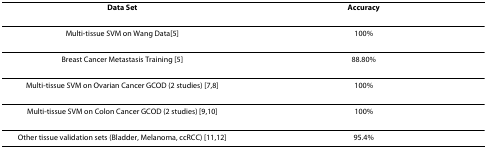
<table><thead><tr><td><b>Data Set</b></td><td><b>Accuracy</b></td></tr></thead><tbody><tr><td>Multi-tissue SVM on Wang Data[5]</td><td>100%</td></tr><tr><td>Breast Cancer Metastasis Training [5]</td><td>88.80%</td></tr><tr><td>Multi-tissue SVM on Ovarian Cancer GCOD (2 studies) [7,8]</td><td>100%</td></tr><tr><td>Multi-tissue SVM on Colon Cancer GCOD (2 studies) [9,10]</td><td>100%</td></tr><tr><td>Other tissue validation sets (Bladder, Melanoma, ccRCC) [11,12]</td><td>95.4%</td></tr></tbody></table>